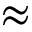
\approx